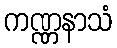
ကဏ္ဏနာသံ